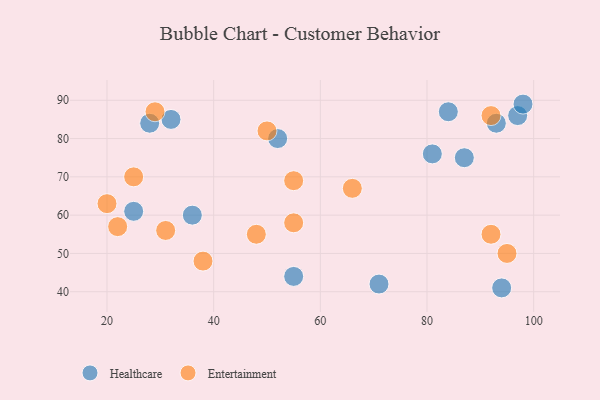
{"axis": {"x": "GDP", "y": "Life Expectancy"}, "legend": ["Entertainment", "Healthcare"], "data": [{"x": "71", "y": 42, "type": "Healthcare"}, {"x": "84", "y": 87, "type": "Healthcare"}, {"x": "36", "y": 60, "type": "Healthcare"}, {"x": "52", "y": 80, "type": "Healthcare"}, {"x": "81", "y": 76, "type": "Healthcare"}, {"x": "93", "y": 84, "type": "Healthcare"}, {"x": "25", "y": 61, "type": "Healthcare"}, {"x": "94", "y": 41, "type": "Healthcare"}, {"x": "97", "y": 86, "type": "Healthcare"}, {"x": "28", "y": 84, "type": "Healthcare"}, {"x": "98", "y": 89, "type": "Healthcare"}, {"x": "55", "y": 44, "type": "Healthcare"}, {"x": "32", "y": 85, "type": "Healthcare"}, {"x": "87", "y": 75, "type": "Healthcare"}, {"x": "92", "y": 55, "type": "Entertainment"}, {"x": "29", "y": 87, "type": "Entertainment"}, {"x": "20", "y": 63, "type": "Entertainment"}, {"x": "55", "y": 58, "type": "Entertainment"}, {"x": "22", "y": 57, "type": "Entertainment"}, {"x": "95", "y": 50, "type": "Entertainment"}, {"x": "92", "y": 86, "type": "Entertainment"}, {"x": "38", "y": 48, "type": "Entertainment"}, {"x": "25", "y": 70, "type": "Entertainment"}, {"x": "66", "y": 67, "type": "Entertainment"}, {"x": "50", "y": 82, "type": "Entertainment"}, {"x": "31", "y": 56, "type": "Entertainment"}, {"x": "48", "y": 55, "type": "Entertainment"}, {"x": "55", "y": 69, "type": "Entertainment"}]}